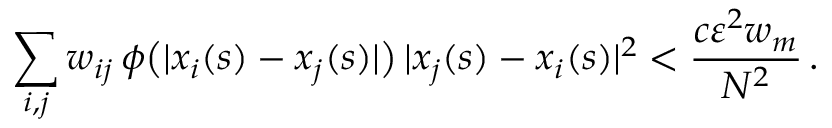
\sum _ { i , j } w _ { i j } \, \phi \big ( | x _ { i } ( s ) - x _ { j } ( s ) | \big ) \, | x _ { j } ( s ) - x _ { i } ( s ) | ^ { 2 } < \frac { c \varepsilon ^ { 2 } w _ { m } } { N ^ { 2 } } \, .